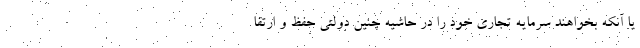
یا آنکه بخواهند سرمایه تجاری خود را در حاشیه چنین دولتی حفظ و ارتقا